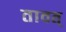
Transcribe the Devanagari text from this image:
तावत्